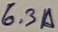
Text: 6.3A